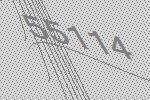
55114